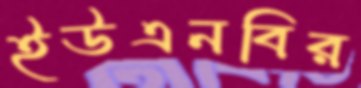
ইউএনবির